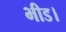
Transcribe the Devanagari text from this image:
भीड।